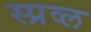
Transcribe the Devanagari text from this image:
स्प्रव्ल